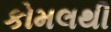
કોમલથી